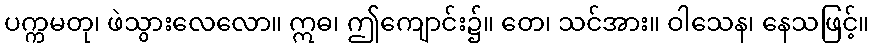
ပက္ကမတု၊ ဖဲသွားလေလော။ ဣဓ၊ ဤကျောင်း၌။ တေ၊ သင်အား။ ဝါသေန၊ နေသဖြင့်။